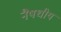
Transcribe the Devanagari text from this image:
नैषघीय